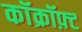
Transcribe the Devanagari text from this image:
कॉक्रॉफ़्ट